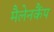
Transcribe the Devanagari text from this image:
मैलेनकैंप